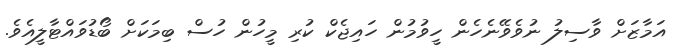
އަމާޒަށް ވާސިލު ނުވެވޭނެހެން ހީވުމުން ހައިޖެކް ކުރި މީހުން ހުސް ބިމަކަށް ބޯޑުވައްޓާލީއެވެ.